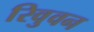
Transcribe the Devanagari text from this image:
रिवुवन